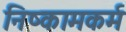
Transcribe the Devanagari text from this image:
निष्कामकर्म